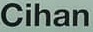
Cihan